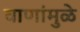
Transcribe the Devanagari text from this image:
वाणांमुळे